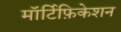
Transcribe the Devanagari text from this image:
मॉर्टिफ़िकेशन